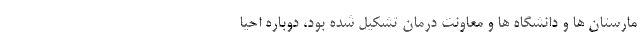
مارستان ها و دانشگاه ها و معاونت درمان تشکیل شده بود، دوباره احیا